画像に写った文字を読んでください
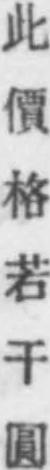
「此價格若干圓」と書いてあります